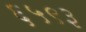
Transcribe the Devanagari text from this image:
६५९३